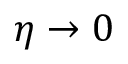
\eta \to 0